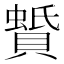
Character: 𧷑